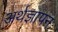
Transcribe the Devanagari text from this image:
अर्थज्ञापन